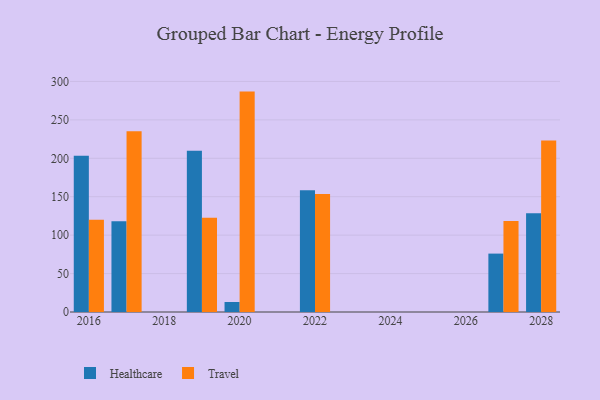
{"axis": {"x": "Year", "y": "Population (Million)"}, "legend": ["Healthcare", "Travel"], "data": [{"x": "2022", "y": 158.5, "type": "Healthcare"}, {"x": "2022", "y": 153.6, "type": "Travel"}, {"x": "2027", "y": 76.0, "type": "Healthcare"}, {"x": "2027", "y": 118.4, "type": "Travel"}, {"x": "2028", "y": 128.4, "type": "Healthcare"}, {"x": "2028", "y": 223.2, "type": "Travel"}, {"x": "2019", "y": 209.8, "type": "Healthcare"}, {"x": "2019", "y": 122.7, "type": "Travel"}, {"x": "2017", "y": 118.0, "type": "Healthcare"}, {"x": "2017", "y": 235.1, "type": "Travel"}, {"x": "2020", "y": 13.0, "type": "Healthcare"}, {"x": "2020", "y": 286.8, "type": "Travel"}, {"x": "2016", "y": 203.3, "type": "Healthcare"}, {"x": "2016", "y": 120.2, "type": "Travel"}]}